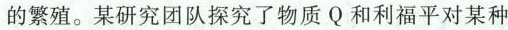
的繁殖。某研究团队探究了物质Q和利福平对某种